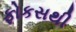
ફોકસથી